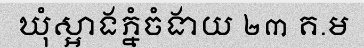
ឃុំស្អាងភ្នំចំងាយ ២៣ គ.ម